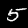
Label: 5